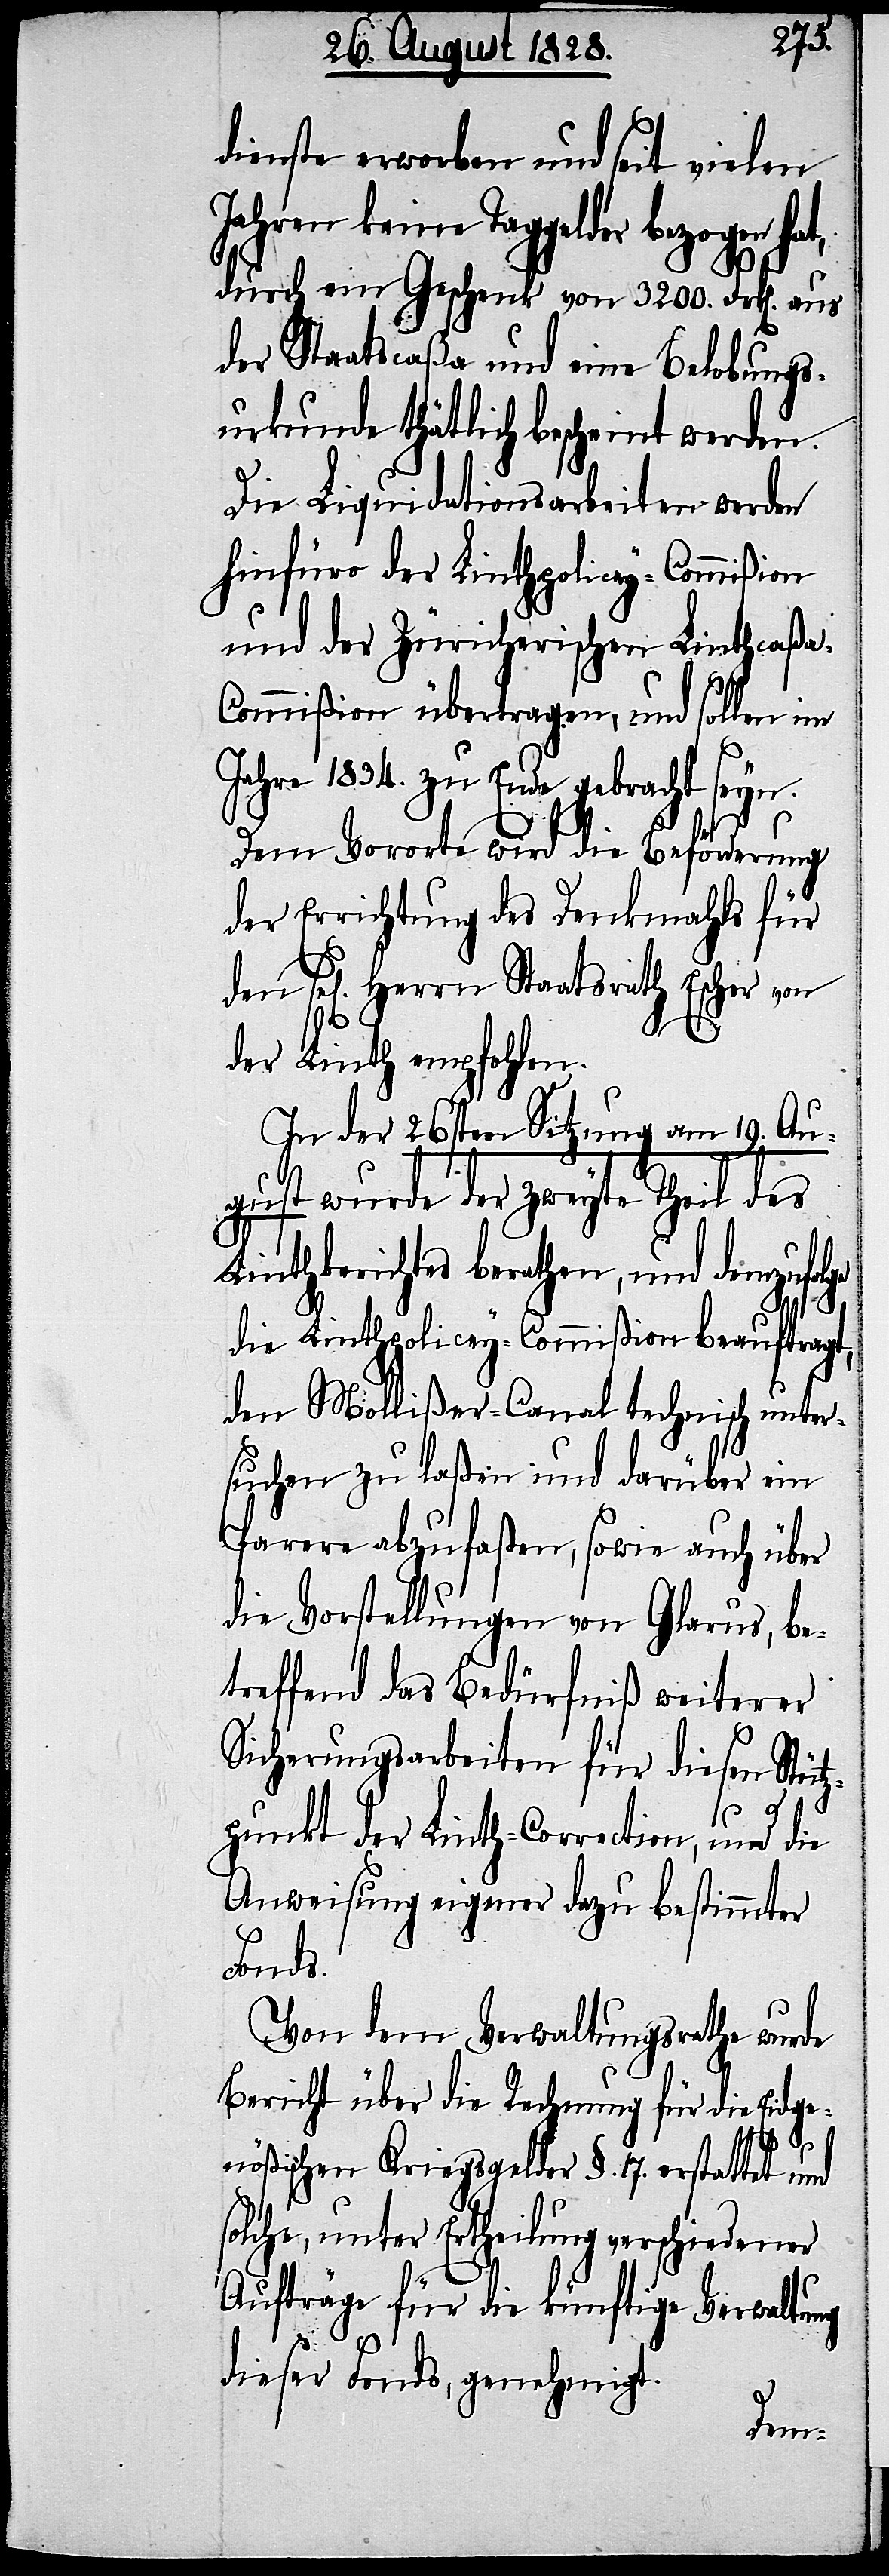
dienste erworben und seit vielen
Jahren keine Taggelder bezogen hat,
durch ein Geschenk von 3200. Frk[en]. aus
der Staatscaßa und eine Belobungs¬
urkunde thätlich bescheint werden.
Die Liquidationsarbeiten werden
hinfüro der Linthpolicey-Commißion
und der Züricherischen Linthcaßa-C¬
ommißion übertragen, und sollen im
Jahre 1834. zu Ende gebracht seyn.
Dem Vororte wird die Beförderung
der Errichtung des Denkmahls für
sel[igen] Herrn Staatsrath Escher von
der Linth empfohlen.
In der 26. Sitzung vom 19. Au¬
gust wurde der zweyte Theil des
Linthberichtes berathen, und demzufolge
die Linthpolicey-Commißion beauftragt,
den Mollißer-Canal technisch unter¬
suchen zu laßen und darüber ein
Parere abzufaßen, sowie auch über
die Vorstellungen von Glarus, be¬
treffend das Bedürfniß weiterer
Sicherungsarbeiten für diesen Stütz¬
punkt der Linth-Correction, und die
Anweisung eigener dazu bestimmter
Fonds.
Von dem Verwaltungsrathe wurde
Bericht über die Rechnung für die Eidge¬
nößischen Kriegsgelder §. 17. erstattet und
solche, unter Ertheilung verschiedener
Aufträge für die künftige Verwaltung
dieser Fonds, genehmigt.